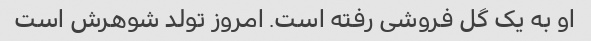
او به یک گل فروشی رفته است. امروز تولد شوهرش است